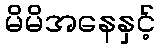
မိမိအနေနှင့်